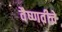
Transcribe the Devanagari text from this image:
वैष्णवीचे